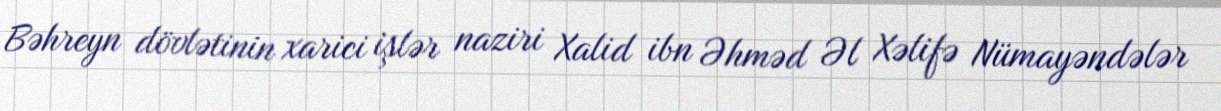
Bəhreyn dövlətinin xarici işlər naziri Xalid ibn Əhməd Əl Xəlifə Nümayəndələr